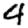
Digit: 4